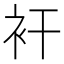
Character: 衦